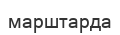
марштарда